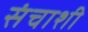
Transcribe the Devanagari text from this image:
संचाशी